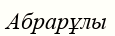
Абрарұлы